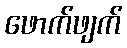
ဖောက်ဖျက်